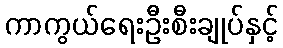
ကာကွယ်ရေးဦးစီးချုပ်နှင့်